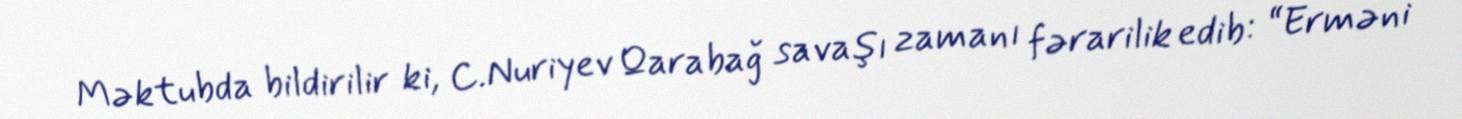
Məktubda bildirilir ki, C.Nuriyev Qarabağ savaşı zamanı fərarilik edib: “Erməni